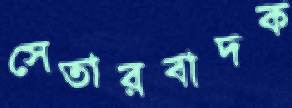
সেতারবাদক